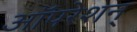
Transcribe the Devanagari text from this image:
ऑपरेशन्